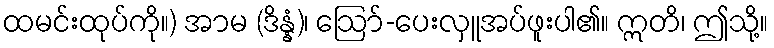
ထမင်းထုပ်ကို။) အာမ (ဒိန္နံ)၊ ဩော်-ပေးလှူအပ်ဖူးပါ၏။ ဣတိ၊ ဤသို့။